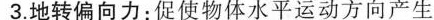
3.地转偏向力：促使物体水平运动方向产生